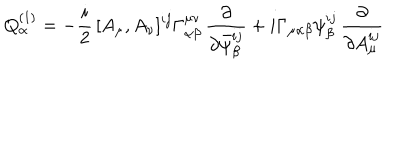
Q _ { \alpha } ^ { ( 1 ) } = - \frac { i } { 2 } \, [ A _ { \mu } , A _ { \nu } ] ^ { i j } \Gamma _ { \alpha \beta } ^ { \mu \nu } \, \frac { \partial } { \partial \bar { \psi } _ { \beta } ^ { i j } } + i \Gamma _ { \mu \alpha \beta } \psi _ { \beta } ^ { i j } \, \frac { \partial } { \partial A _ { \mu } ^ { i j } }